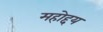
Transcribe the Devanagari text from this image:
महोद्दय